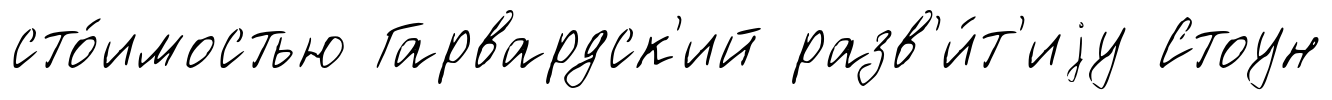
сто́имостью Гарвардск'ий разв'и́т'иjу Стоун